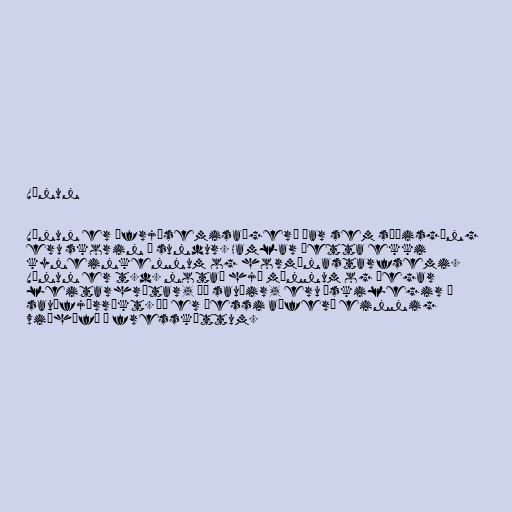
Vönun

Vönun er ófrjósemisaðgerð þar sem sæðisgöng
eru skorin í sundur. Hamlar þetta ekki
kyneinkennum og hormónastarfsemi.
Vönun er t.d. notað hjá mönnum og þegar
leitarhrútar, þá sauðir, eru æskilegir í
sauðfjárrækt. Þá er þessi aðferð einnig
viðhöfð á fressköttum.